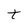
Character: t